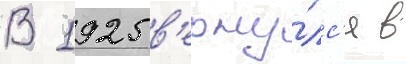
В 1925 в'ерну́лс'я в